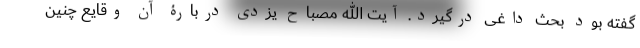
گفته بود بحث داغی درگیرد. آیت الله مصباح یزدی دربارۀ آن وقایع چنین